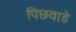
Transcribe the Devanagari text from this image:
पिछवाडे